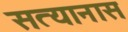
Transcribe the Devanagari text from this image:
सत्यानास